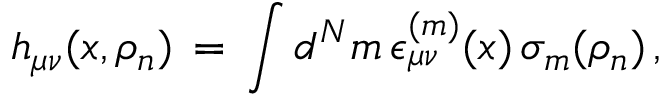
h _ { \mu \nu } ( x , \rho _ { n } ) \, = \, \int d ^ { N } m \, \epsilon _ { \mu \nu } ^ { ( m ) } ( x ) \, \sigma _ { m } ( \rho _ { n } ) \, ,